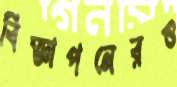
বিজ্ঞাপনেরও